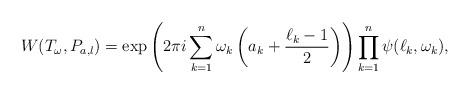
LaTeX: \begin{align*} W ( T_{\omega}, P_{a,l} ) = \exp \left( 2 \pi i \sum_{k=1}^{n} \omega_k \left( a_k + \frac{\ell_k-1}{2} \right) \right) \prod_{k=1}^{n} \psi(\ell_k, \omega_k),\end{align*}